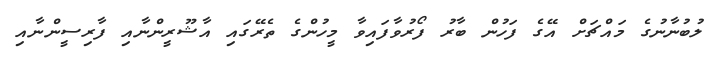
ލުބުނާނުގެ މައްޗަށް އޭގެ ފަހުން ބާރު ފޯރުވާފައިވާ މީހުންގެ ތެރޭގައި އާޝޫރީންނާއި ފާރިސީންނާއި